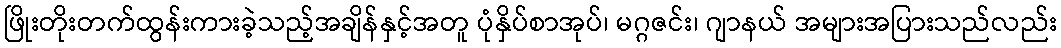
ဖြိုးတိုးတက်ထွန်းကားခဲ့သည့်အချိန်နှင့်အတူ ပုံနှိပ်စာအုပ်၊ မဂ္ဂဇင်း၊ ဂျာနယ် အများအပြားသည်လည်း